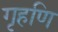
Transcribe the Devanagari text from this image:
गृहणि